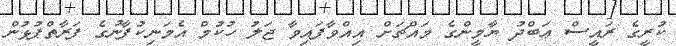
ކުރީގެ ރައީސް ޢަބްދު ޔާމީންގެ މައްޗަށް އިއްވާފައިވާ ޖަލު ހުކުމް އެމަނިކުފާނުގެ ފަރާތްޕުޅުން